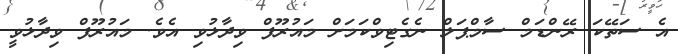
އެ ސަތޭކަ ރޭންޑަމް ސާމްޕަލް ނެގެޓިވްކަމަށް މައުރޫފް ވިދާޅުވި އެވެ. މައުރޫފް ވިދާޅުވީ